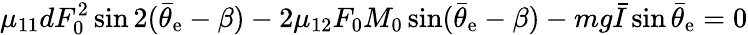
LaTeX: \mu_{11}dF_{0}^{2}\sin 2(\bar{\theta}_{\mathrm{e}}-\beta)-2\mu_{12}F_{0}M_{0}\sin(\bar{\theta}_{\mathrm{e}}-\beta)-mg\bar{I}\sin\bar{\theta}_{\mathrm{e}}=0